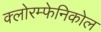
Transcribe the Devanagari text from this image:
क्लोरम्फेनिकोल